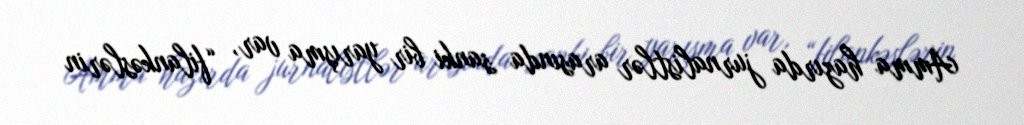
Amma hazırda jurnalistlər arasında sanki bir yarışma var, “filankəslərin